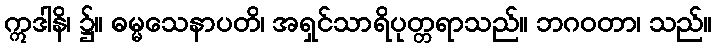
ဣဒါနိ၊ ၌။ ဓမ္မသေနာပတိ၊ အရှင်သာရိပုတ္တရာသည်။ ဘဂဝတာ၊ သည်။